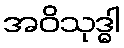
အဝိသုဒ္ဓါ